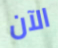
الآن